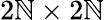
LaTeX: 2\mathbb{N}\times2\mathbb{N}